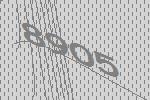
8905